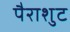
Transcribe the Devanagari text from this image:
पैराशुट